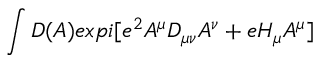
\int { \cal D } ( A ) e x p i [ e ^ { 2 } A ^ { \mu } D _ { \mu \nu } A ^ { \nu } + e H _ { \mu } A ^ { \mu } ]